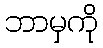
ဘာမှကို